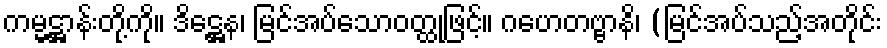
ကမ္မဋ္ဌာန်းတို့ကို။ ဒိဋ္ဌေန၊ မြင်အပ်သောဝတ္ထုဖြင့်။ ဂဟေတဗ္ဗာနိ၊ (မြင်အပ်သည့်အတိုင်း